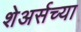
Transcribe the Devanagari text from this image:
शेअर्सच्या